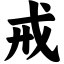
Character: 戒